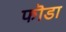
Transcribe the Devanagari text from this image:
फॊडा